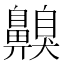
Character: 齅